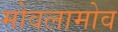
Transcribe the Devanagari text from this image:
मोवलामोव